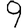
Digit: 9